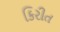
કિરીત